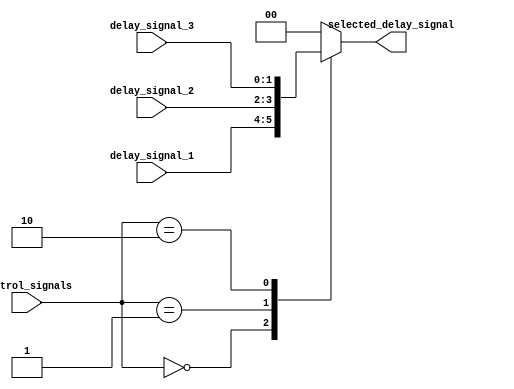
module Multiplexer_Delay (
    input wire [1:0] control_signals,
    input wire [1:0] delay_signal_1,
    input wire [1:0] delay_signal_2,
    input wire [1:0] delay_signal_3,
    output reg [1:0] selected_delay_signal
);

always @* begin
    case (control_signals)
        2'b00: selected_delay_signal = delay_signal_1;
        2'b01: selected_delay_signal = delay_signal_2;
        2'b10: selected_delay_signal = delay_signal_3;
        default: selected_delay_signal = 2'b00;
    endcase
end

endmodule